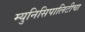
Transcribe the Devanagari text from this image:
म्युनिसिपालिटीचा